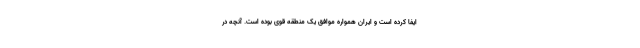
ایفا کرده است و ایران همواره موافق یک منطقه قوی بوده است. آنچه در